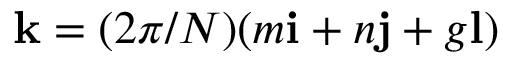
\mathbf { k } = ( 2 \pi / N ) ( m \mathbf { i } + n \mathbf { j } + g \mathbf { l } )